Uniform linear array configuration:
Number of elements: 16
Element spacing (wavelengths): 0.75
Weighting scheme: hamming
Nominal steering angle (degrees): -45
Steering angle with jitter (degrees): -46.09
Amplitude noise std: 0.05
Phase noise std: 0.05

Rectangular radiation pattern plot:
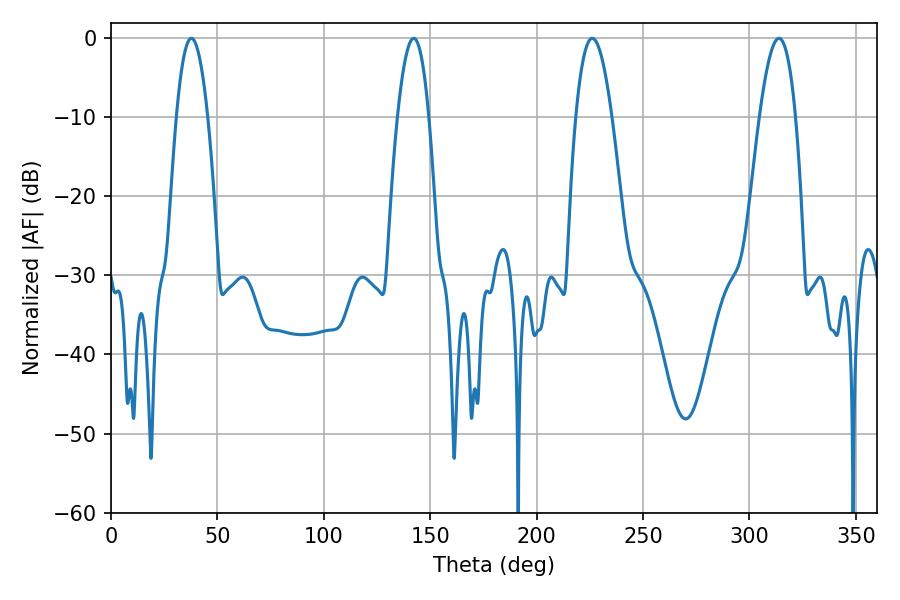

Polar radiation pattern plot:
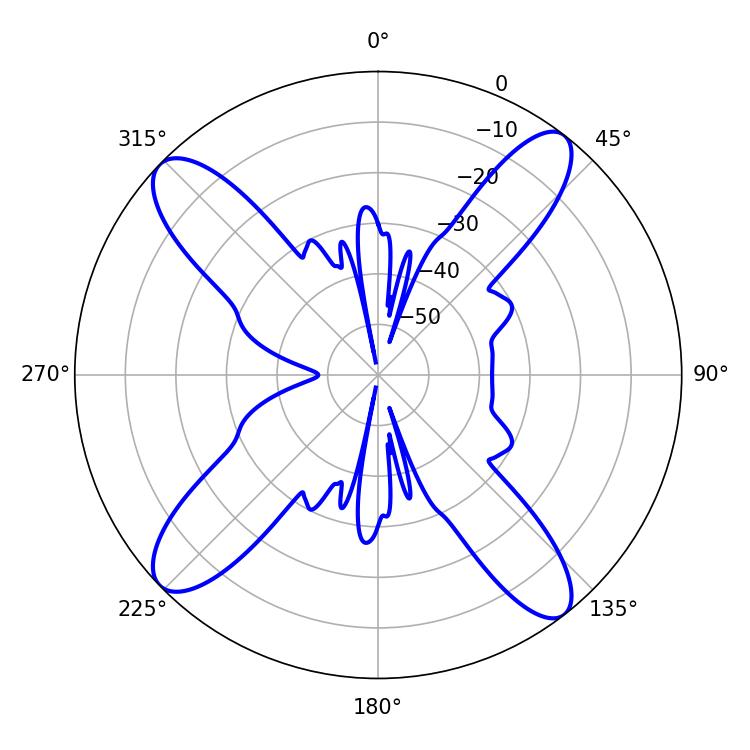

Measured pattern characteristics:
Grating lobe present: TRUE
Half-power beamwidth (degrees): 8.1
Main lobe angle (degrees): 37.8